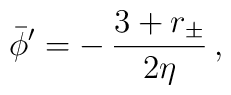
\bar\phi' = - \, {3+r_\pm \over 2\eta} \, ,